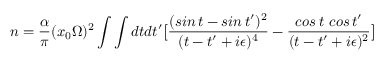
n = { \frac { \alpha } { \pi } } ( x _ { 0 } \Omega ) ^ { 2 } \int \int d t d t ^ { \prime } \bigl [ { \frac { ( s i n \, t - s i n \, t ^ { \prime } ) ^ { 2 } } { ( t - t ^ { \prime } + i \epsilon ) ^ { 4 } } } - { \frac { c o s \, t ~ c o s \, t ^ { \prime } } { ( t - t ^ { \prime } + i \epsilon ) ^ { 2 } } } \bigr ]